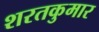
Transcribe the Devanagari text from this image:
शरतकुमार